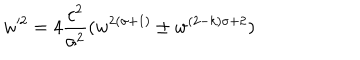
LaTeX: w ^ { 2 } = 4 { \frac { c ^ { 2 } } { \sigma ^ { 2 } } } ( w ^ { 2 ( \sigma + 1 ) } \pm w ^ { ( 2 - k ) \sigma + 2 } )